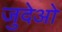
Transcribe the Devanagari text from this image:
जुदेओ